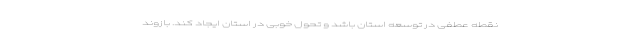
نقطه عطفی در توسعه استان باشد و تحول خوبی در استان ایجاد کند. بازوند